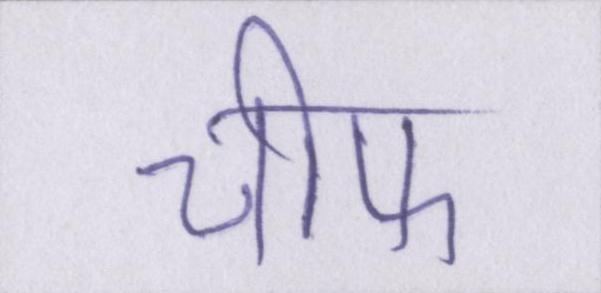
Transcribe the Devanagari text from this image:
चीफ